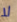
لا